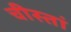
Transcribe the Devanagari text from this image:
चीस्तां